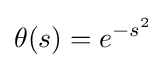
\theta (s)=e^{-s^{2}}